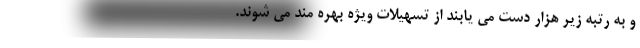
و به رتبه زیر هزار دست می یابند از تسهیلات ویژه بهره مند می شوند.